Serum-therapy of plague in India - Number 20
Disease focus: Plague
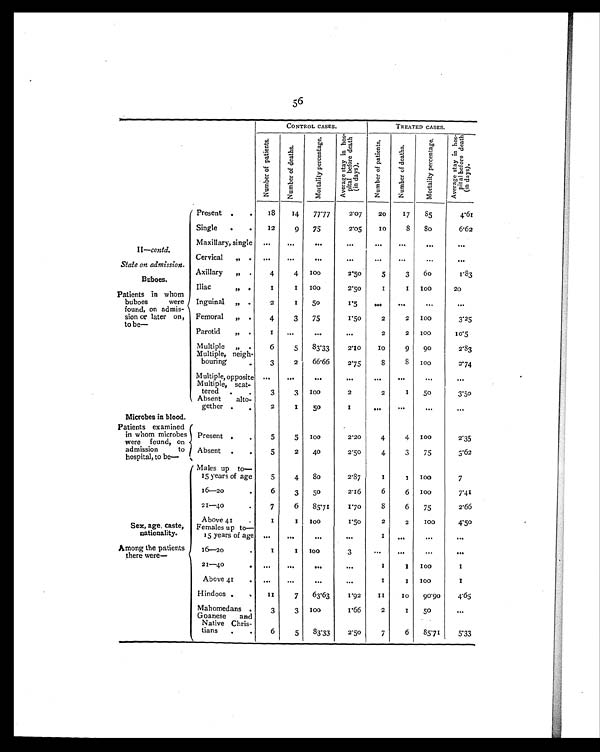
56
CONTROL CASES.
TREATED CASES.
N u m b e r o f p a t i e n t s .
N u m b e r o f d e a t h s .
M o r t a l i t y p e r c e n t a g e .
A v e r a g e s t a y i n h o s -
p i t a l b e f o r e d e a t h(
i n d a y s ) .
N u m b e r o f p a t i e n t s . N u m b e r o f d e a t h s .
M o r t a l i t y p e r c e n t a g e . A v e r a g e s t a y i n h o s -
p i t a l b e f o r e d e a t h
(in days).
Present .
.
18
14
77.77
2.07
20
17
85
4.61
Single .
.
12
9
75
2.05
10
8
8 0
6.62
II—contd.
Maxillary, single ...
...
...
. . .
. . . ...
. . .
. . .
State on admission.
Cervical „ . ...
...
. . .
. . .
. . . ...
. . .
. . .
Buboes.
Axillary „ .
4
4 100
2.50
5
3
6 0
1.83
Patients in whom
buboes were
found, on admis-
sion or later on,
t o b e —
Iliac
, ,
.
1
1 100
2.50
1
1 100
20
Inguinal „ .
2
1 50
1.5
. . . ...
. . .
. . .
Femoral ,, .
4
3
75
1.50
2
2 100
3.25
Parotid
,, .
1 ...
...
. . .
2
2 100
10.5
Multiple „ .
6
5
83.33
2.10
1 0
9
9 0
2.83
Multiple, neigh-
bouring
.
3
2
66.66
2.75
8
8 100
2 . 7 4
Multiple, opposite ...
...
. . .
. . .
...
...
. . .
. . .
Multiple, scat-
tered .
3
3 100
2
2
1
50
3.50
Absent alto-
gether .
2
1
50
1
...
...
. . .
. . .
Microbes in blood.
Patients examined
in whom microbes
were found, on
admission to
hospital, to be—
Present .
5
5 100
2.20
4
4 100
2.35
Absent
5
2
40
2.50
4
3
75
3.62
Males up to —
15 years of age
5
4
80
2.87
1
1
1 0 0
7
16—20
6
3
50
2.16
6
6 100
7.41
21—40
7
6
85.71
1.70
8
6
75
2.66
Sex, age, caste,
nationality.
Above 41
1
1
100
1.50
2
2 100
4.50
Females up to —
15 years of age ...
...
. . .
. . .
1
. . .
. . .
. . .
Among the patients
there were—
16—20
.
1
1 100
3
. . .
...
. . .
...
21—40
. ...
...
. . .
...
1
1
1 0 0
1
Above 41
.
. . .
. . .
. . .
...
1
1
1 0 0
1
Hindoos
.
1 1
7
63.63
1.92
1 1 10
9 0 . 9 0 4.65
Mahomedans .
3
3
100
1.66
2
1
50
...
Goanese and
Native Chris-
tians .
6
5
83.33
2.50
7
6
85.71
5.33